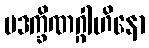
ပဒက္ခိဏဂ္ဂါဟိနော